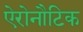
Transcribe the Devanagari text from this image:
ऐरोनौटिक